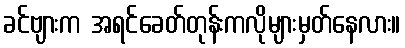
ခင်ဗျားက အရင်ခေတ်တုန်းကလိုများမှတ်နေလား။